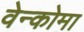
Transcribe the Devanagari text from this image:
वेन्कोमा